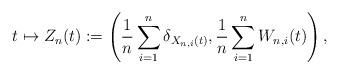
LaTeX: \begin{align*} t \mapsto Z_n(t) := \left(\frac{1}{n} \sum_{i=1}^n \delta_{X_{n,i}(t)},\frac{1}{n} \sum_{i=1}^n W_{n,i}(t)\right),\end{align*}